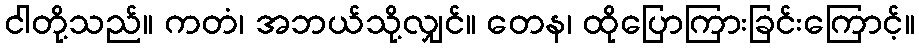
ငါတို့သည်။ ကတံ၊ အဘယ်သို့လျှင်။ တေန၊ ထိုပြောကြားခြင်းကြောင့်။